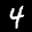
Label: 4